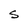
Character: S